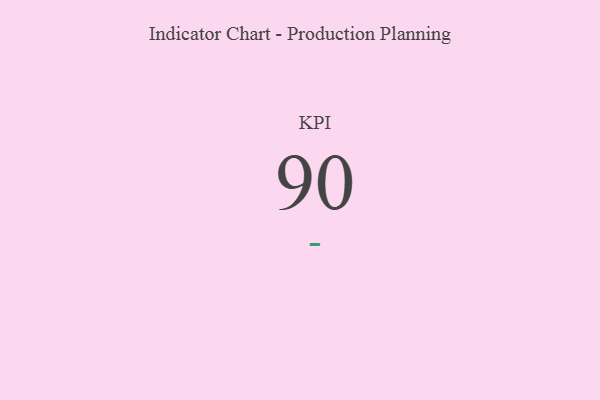
{"axis": {"x": "KPI", "y": "Value"}, "legend": [""], "data": [{"x": "KPI", "y": 90, "type": ""}]}